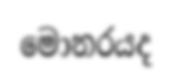
මොනරයද